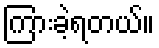
ကြားခဲ့ရတယ်။